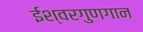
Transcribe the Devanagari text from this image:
ईश्वरगुणगान